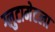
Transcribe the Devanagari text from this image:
ग्लुटामेटला